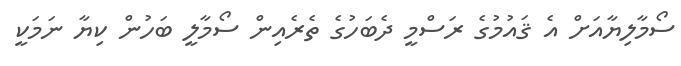
ސޯމާލިޔާއަށް އެ ޤައުމުގެ ރަސްމީ ދެބަހުގެ ތެރެއިން ސޯމާލީ ބަހުން ކިޔާ ނަމަކީ